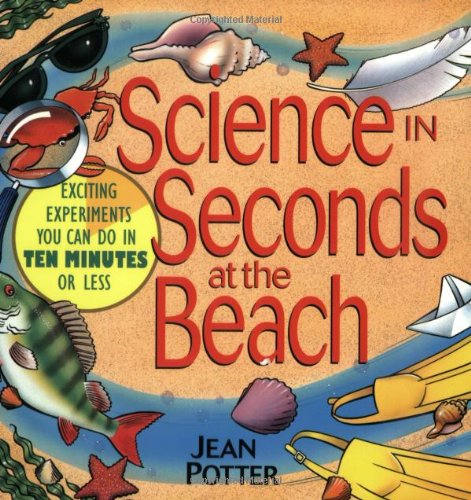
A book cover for Science in Seconds at the Beach: Exciting Experiments You Can Do in Ten Minutes or Less; Jean Potter; Children's Books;